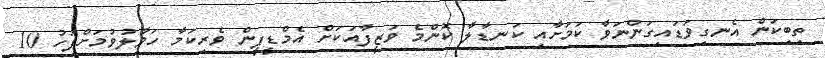
ތިބިކަން އެނގިވަޑައިގަންނަވާ ކަމަށާއި ކަނޑާލާ ކޮންމެ ވަޒީފާއަކަށް އެމްޑީޕީން ވެރިކަމާ ހަވާލުވުމަށްފަހު 10